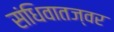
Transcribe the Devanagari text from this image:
संधिवातज्वर